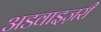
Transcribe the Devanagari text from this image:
अडवाइज़री